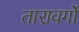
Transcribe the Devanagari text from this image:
तारावर्गो